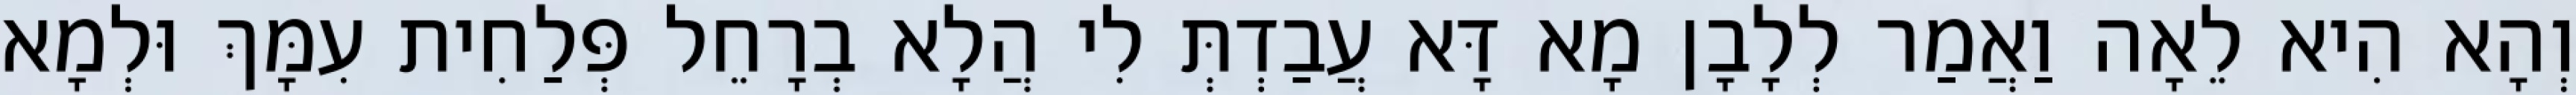
וְהָא הִיא לֵאָה וַאֲמַר לְלָבָן מָא דָּא עֲבַדְתְּ לִי הֲלָא בְרָחֵל פְּלַחִית עִמָּךְ וּלְמָא